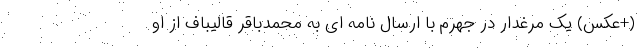
(+عکس) یک مرغدار در جهرم با ارسال نامه ای به محمدباقر قالیباف از او